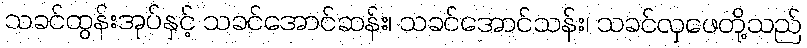
သခင်ထွန်းအုပ်နှင့် သခင်အောင်ဆန်း၊ သခင်အောင်သန်း၊ သခင်လှဖေတို့သည်